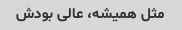
مثل همیشه، عالی بودش